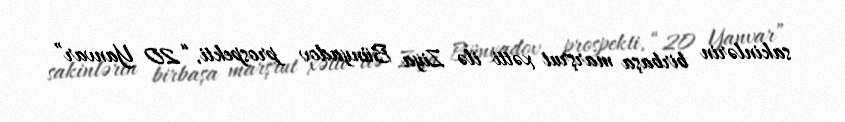
sakinlərin birbaşa marşrut xətti ilə Ziya Bünyadov prospekti, “20 Yanvar”